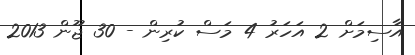
އާސިމަށް 2 އަހަރު 4 މަސް ކުރިން - 30 ޖޫން 2013